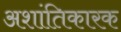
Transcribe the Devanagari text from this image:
अशांतिकारक